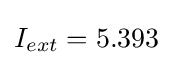
I_{ext}=5.393